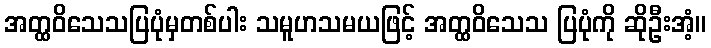
အတ္ထဝိသေသပြပုံမှတစ်ပါး သမူဟသမယဖြင့် အတ္ထဝိသေသ ပြပုံကို ဆိုဦးအံ့။